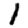
Digit: 1